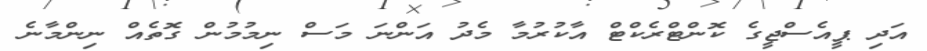
އަދި ޕީއެސްޖީގެ ކޮންޓްރެކްޓް އާކުރުމާ މެދު އަންނަ މަސް ނިމުމުން ގޮތެއް ނިންމާނެ